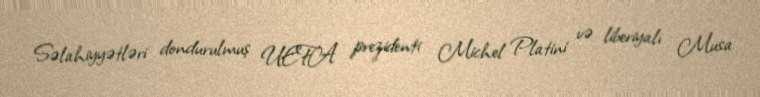
Səlahiyyətləri dondurulmuş UEFA prezidenti Michel Platini və liberiyalı Musa